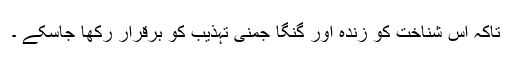
تاکہ اس شناخت کو زندہ اور گنگا جمنی تہذیب کو برقرار رکھا جاسکے ۔